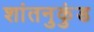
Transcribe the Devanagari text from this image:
शांतनुकुंड